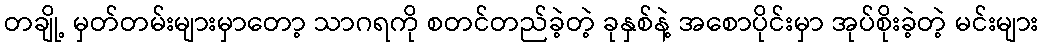
တချို့ မှတ်တမ်းများမှာတော့ သာဂရကို စတင်တည်ခဲ့တဲ့ ခုနှစ်နဲ့ အစောပိုင်းမှာ အုပ်စိုးခဲ့တဲ့ မင်းများ